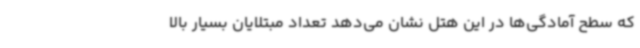
که سطح آمادگی‌ها در این هتل نشان می‌دهد تعداد مبتلایان بسیار بالا